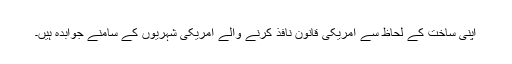
اپنی ساخت کے لحاظ سے امریکی قانون نافذ کرنے والے امریکی شہریوں کے سامنے جوابدہ ہیں۔